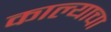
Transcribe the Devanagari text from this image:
काल्याचा